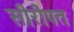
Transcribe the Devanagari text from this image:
सीरीपत